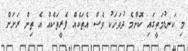
މި ކަނޑުމަތީގައި ކޮންމެ ދުވަހަކު ވެސް އެތަކެއް ފެރީތަކެއް އެ ތިން ރަށަށް